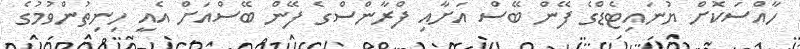
ހާއްސަކޮށް ޔުނައިޓެޑްގެ ފޭން ބޭސް އަށާއި ފްރާންސްގެ ފޭން ބޭސްއަށް އެއީ ހިނިތުންވުމުގެ